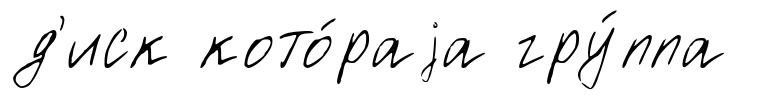
д'иск кото́раjа гру́ппа